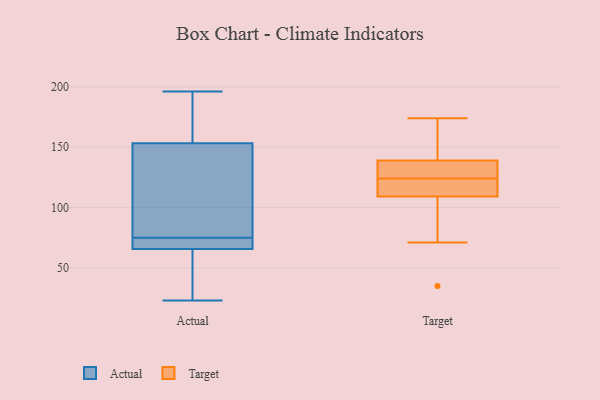
{"axis": {"x": "Backlog", "y": "Value"}, "legend": ["Actual", "Target"], "data": [{"x": "", "y": 196, "type": "Actual"}, {"x": "", "y": 61, "type": "Actual"}, {"x": "", "y": 88, "type": "Actual"}, {"x": "", "y": 67, "type": "Actual"}, {"x": "", "y": 116, "type": "Actual"}, {"x": "", "y": 23, "type": "Actual"}, {"x": "", "y": 154, "type": "Actual"}, {"x": "", "y": 153, "type": "Actual"}, {"x": "", "y": 61, "type": "Actual"}, {"x": "", "y": 189, "type": "Actual"}, {"x": "", "y": 69, "type": "Actual"}, {"x": "", "y": 72, "type": "Actual"}, {"x": "", "y": 75, "type": "Actual"}, {"x": "", "y": 165, "type": "Target"}, {"x": "", "y": 112, "type": "Target"}, {"x": "", "y": 136, "type": "Target"}, {"x": "", "y": 174, "type": "Target"}, {"x": "", "y": 124, "type": "Target"}, {"x": "", "y": 139, "type": "Target"}, {"x": "", "y": 71, "type": "Target"}, {"x": "", "y": 124, "type": "Target"}, {"x": "", "y": 109, "type": "Target"}, {"x": "", "y": 35, "type": "Target"}]}